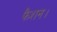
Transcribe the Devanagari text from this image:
फैशन।